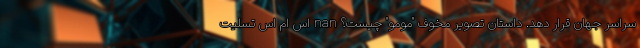
سراسر جهان قرار دهد. داستان تصویر مخوف "مومو" چیست؟ nan اس ام اس تسلیت